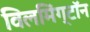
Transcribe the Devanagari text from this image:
विलमिंग्टॉन